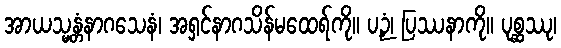
အာယသ္မန္တံနာဂသေနံ၊ အရှင်နာဂသိန်မထေရ်ကို။ ပဉှံ၊ ပြဿနာကို။ ပုစ္ဆဿု၊